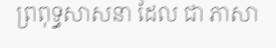
ព្រពុទ្ធសាសនា ដែល ជា ភាសា